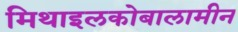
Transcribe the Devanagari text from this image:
मिथाइलकोबालामीन